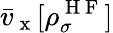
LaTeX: \bar{v}_{\mathrm{~x~}}[\rho_{\sigma}^{\mathrm{~H~F~}}]